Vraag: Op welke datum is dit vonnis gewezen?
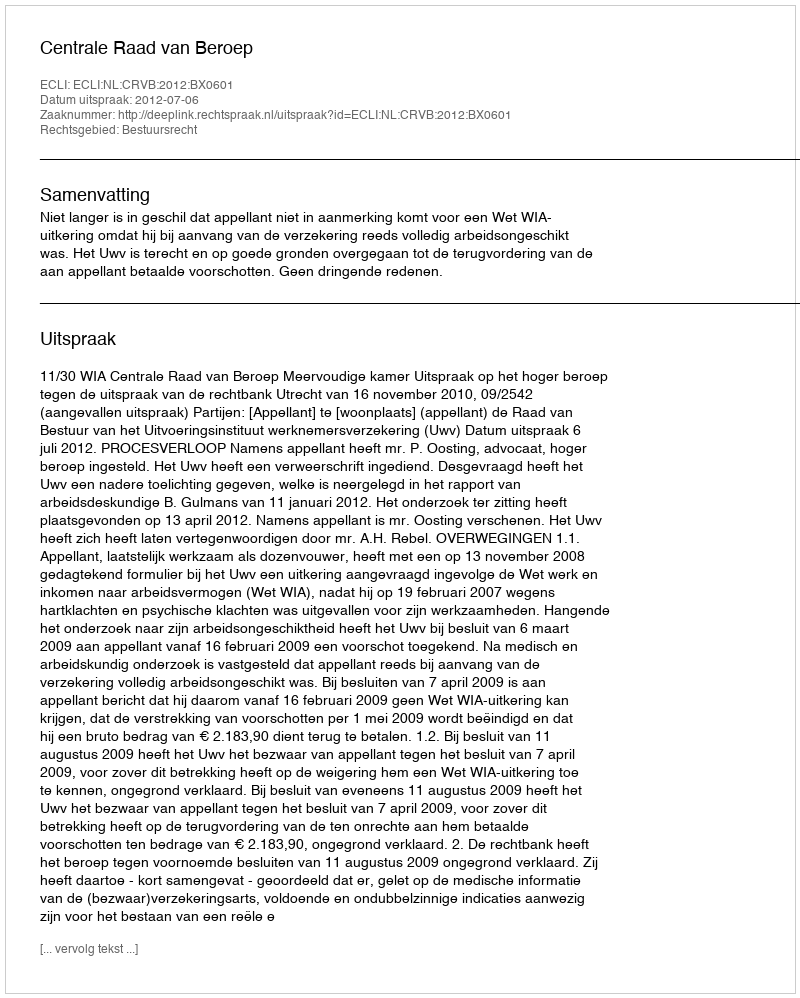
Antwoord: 2012-07-06